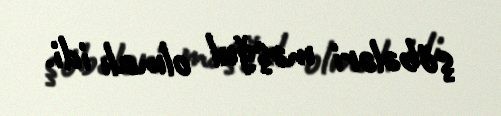
şöbələri məşğul olmalı idi.